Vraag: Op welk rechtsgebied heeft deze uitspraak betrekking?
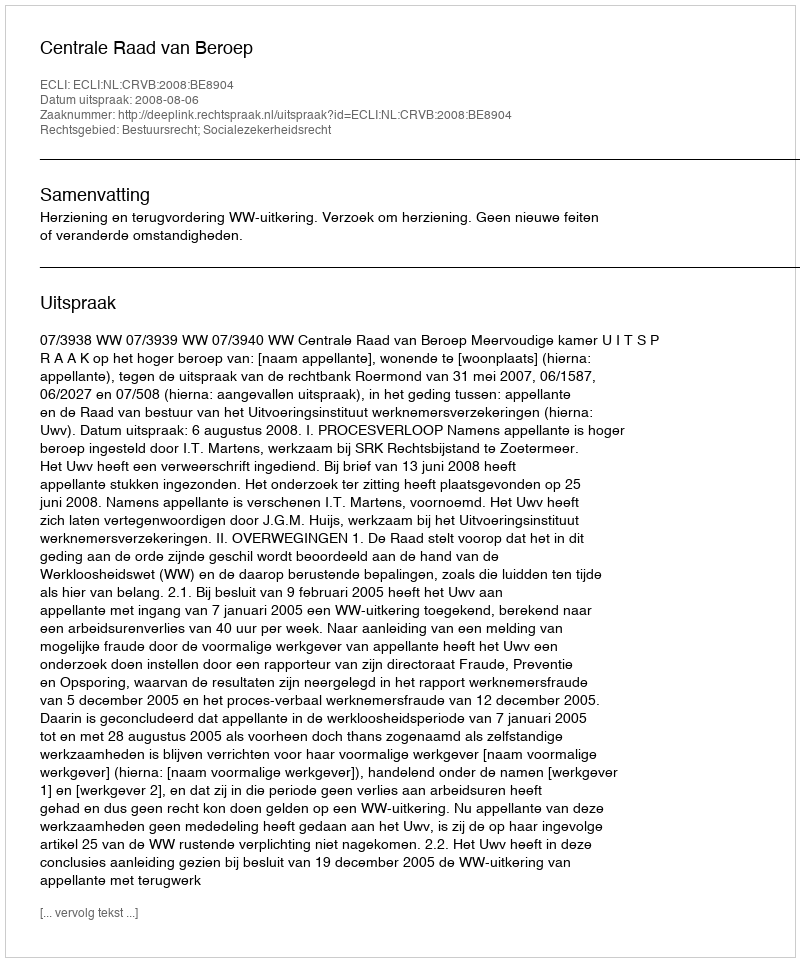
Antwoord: Bestuursrecht; Socialezekerheidsrecht